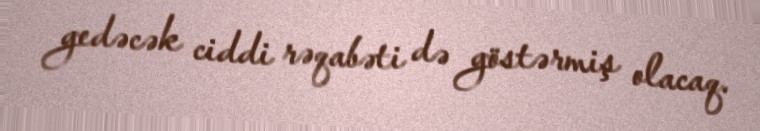
gedəcək ciddi rəqabəti də göstərmiş olacaq.